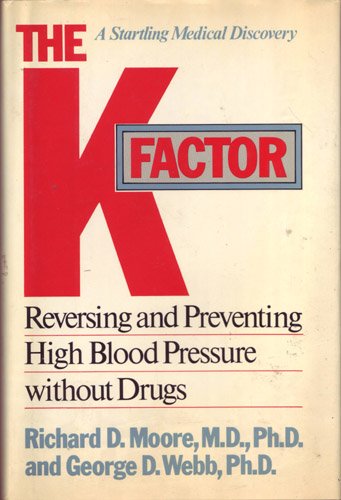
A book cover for The K Factor: Reversing and Preventing High Blood Pressure Without Drugs; Richard Moore; Health, Fitness & Dieting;